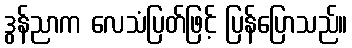
ဒွန်ညာက လေသံပြတ်ဖြင့် ပြန်ပြောသည်။